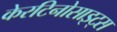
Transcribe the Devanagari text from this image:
केरटिनोसाइट्स